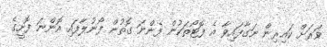
ވަރަށް ކައިރިން ނަގާފައިވާ އެ ފޮޓޯތަކުން ފެންނަ ގޮތުން ފޯނުލާފައި އޮންނަ ފޮށީގެ